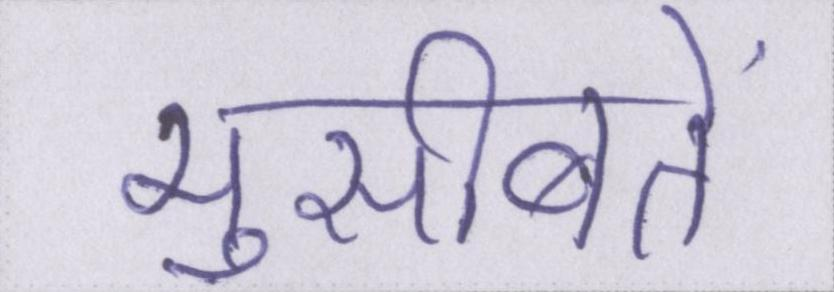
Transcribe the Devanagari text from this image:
मुसीबतें